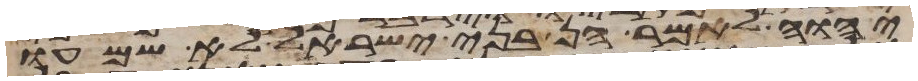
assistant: יהוה לאמר הן בני ישראל לא שמעו